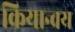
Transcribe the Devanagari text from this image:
क्रियान्वय